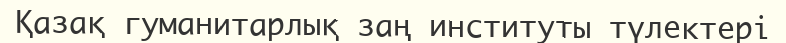
Қазақ гуманитарлық заң институты түлектері